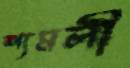
শ্যমলী